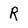
Character: R